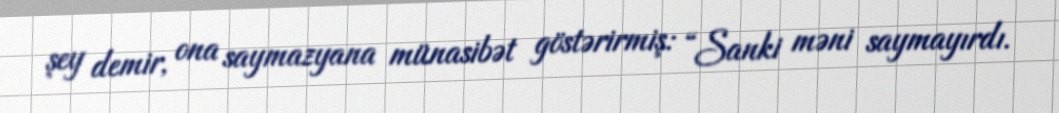
şey demir, ona saymazyana münasibət göstərirmiş: “Sanki məni saymayırdı.